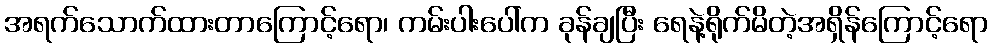
အရက်သောက်ထားတာကြောင့်ရော၊ ကမ်းပါးပေါ်က ခုန်ချပြီး ရေနဲ့ရိုက်မိတဲ့အရှိန်ကြောင့်ရော